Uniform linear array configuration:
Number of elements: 4
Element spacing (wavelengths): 1
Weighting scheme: hamming
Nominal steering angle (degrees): -60
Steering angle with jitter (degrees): -58.931
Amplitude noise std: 0.05
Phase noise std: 0.05

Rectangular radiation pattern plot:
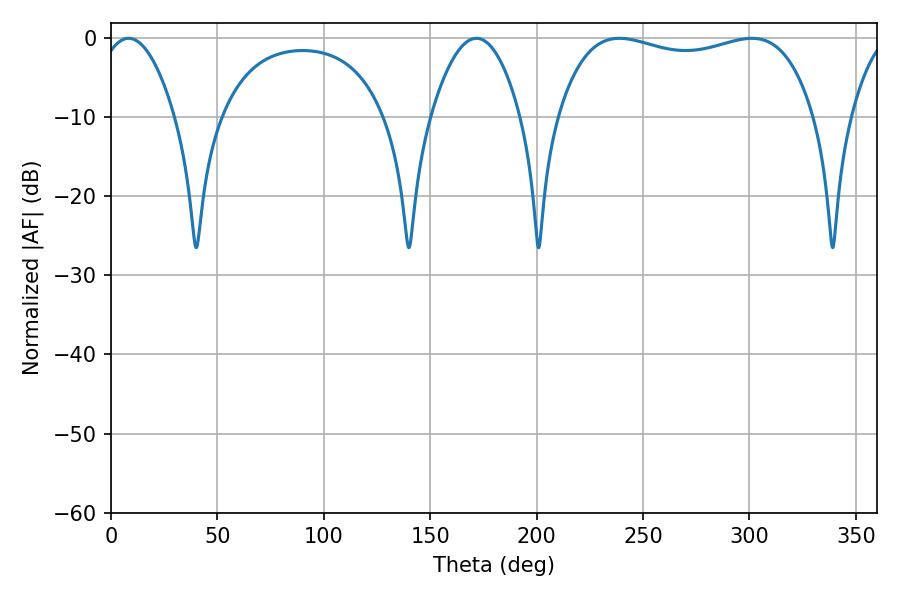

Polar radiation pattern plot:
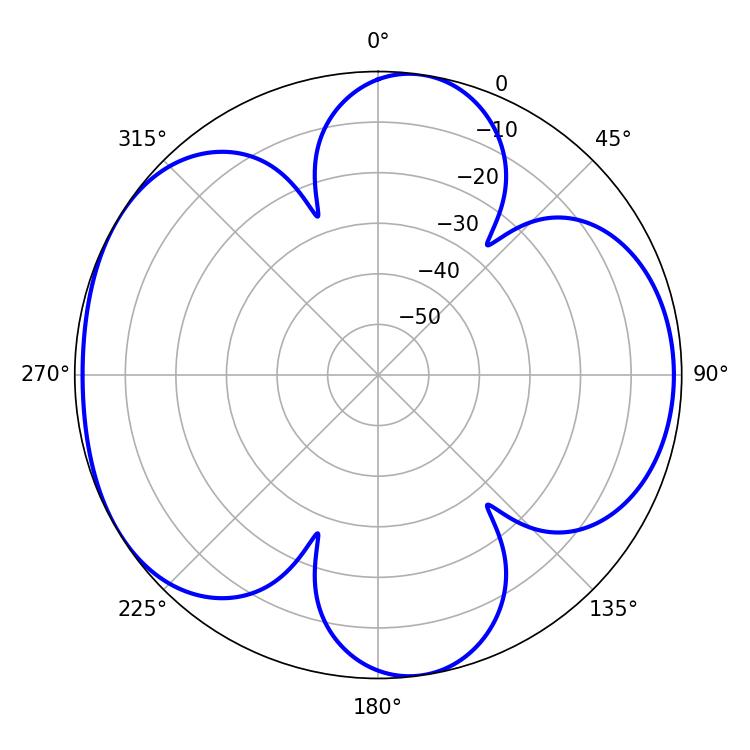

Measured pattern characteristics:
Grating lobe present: TRUE
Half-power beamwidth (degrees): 97.92
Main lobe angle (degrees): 238.86